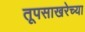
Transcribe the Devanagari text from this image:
तूपसाखरेच्या